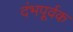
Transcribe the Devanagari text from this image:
दंभपूर्वक